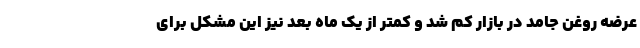
عرضه روغن جامد در بازار کم شد و کمتر از یک ماه بعد نیز این مشکل برای